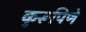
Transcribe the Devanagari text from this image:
कुरूपिणे